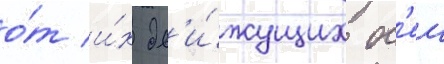
о́т и́х дв'и́жущих ос'еи